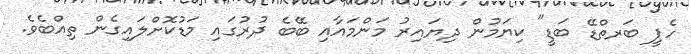
ހެޕީ ބަރތްޑޭ ބަޑީ" ކިޔަމުން ދިޔައިރު މަންމައާއި ބޭބެ ދުރުގައި މަޑުކޮށްލައިގެން ތިއްބެވެ.